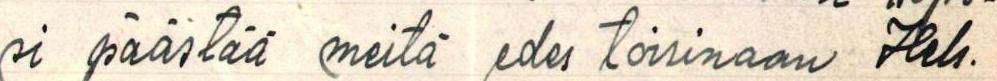
si päästää meitä edes toisinaan Hels.